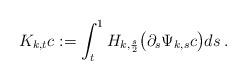
LaTeX: \begin{align*} K_{k,t} c := \int_t^1 H_{k, \frac s2 } \big( \partial_s \Psi_{k,s} c\big)ds\: . \end{align*}